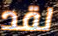
لقد